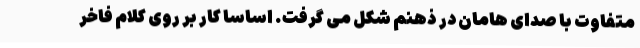
متفاوت با صدای هامان در ذهنم شکل می گرفت. اساسا کار بر روی کلام فاخر